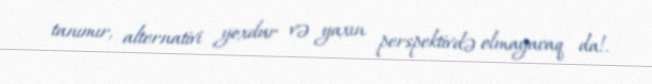
tanımır, alternativi yoxdur və yaxın perspektivdə olmayacaq da!.